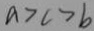
a > c > b